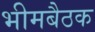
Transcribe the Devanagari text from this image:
भीमबैठक